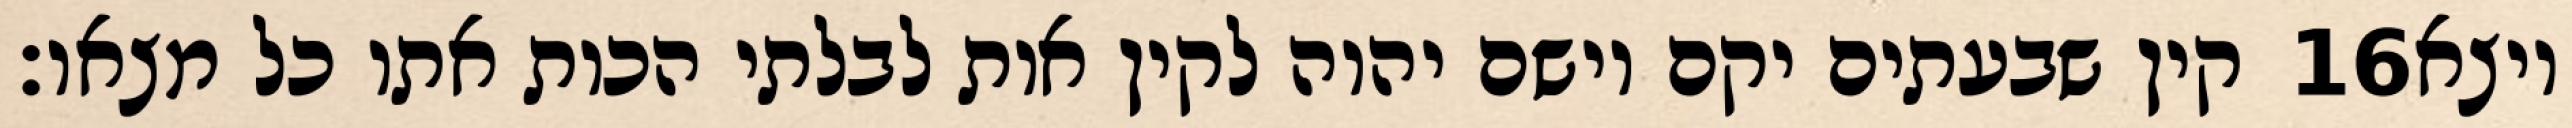
קין שבעתים יקם וישם יהוה לקין אות לבלתי הכות אתו כל מצאו׃ ‎16‏ ויצא